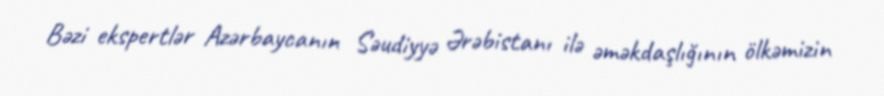
Bəzi ekspertlər Azərbaycanın Səudiyyə Ərəbistanı ilə əməkdaşlığının ölkəmizin